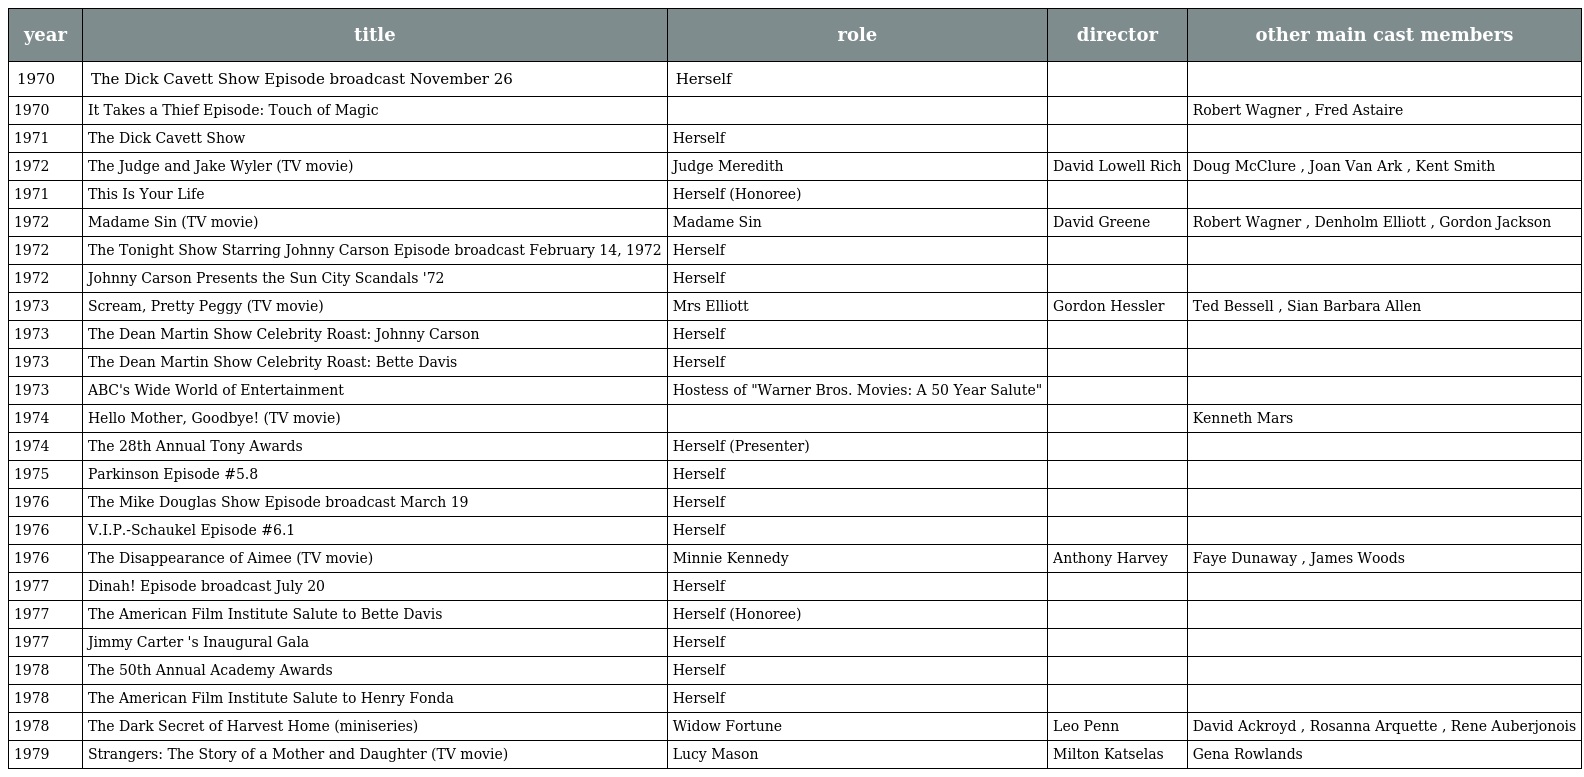
| year | title | role | director | other main cast members |
 | --- | --- | --- | --- | --- |
 | 1970 | The Dick Cavett Show Episode broadcast November 26 | Herself |  |  |
 | 1970 | It Takes a Thief Episode: Touch of Magic |  |  | Robert Wagner , Fred Astaire |
 | 1971 | The Dick Cavett Show | Herself |  |  |
 | 1972 | The Judge and Jake Wyler (TV movie) | Judge Meredith | David Lowell Rich | Doug McClure , Joan Van Ark , Kent Smith |
 | 1971 | This Is Your Life | Herself (Honoree) |  |  |
 | 1972 | Madame Sin (TV movie) | Madame Sin | David Greene | Robert Wagner , Denholm Elliott , Gordon Jackson |
 | 1972 | The Tonight Show Starring Johnny Carson Episode broadcast February 14, 1972 | Herself |  |  |
 | 1972 | Johnny Carson Presents the Sun City Scandals '72 | Herself |  |  |
 | 1973 | Scream, Pretty Peggy (TV movie) | Mrs Elliott | Gordon Hessler | Ted Bessell , Sian Barbara Allen |
 | 1973 | The Dean Martin Show Celebrity Roast: Johnny Carson | Herself |  |  |
 | 1973 | The Dean Martin Show Celebrity Roast: Bette Davis | Herself |  |  |
 | 1973 | ABC's Wide World of Entertainment | Hostess of "Warner Bros. Movies: A 50 Year Salute" |  |  |
 | 1974 | Hello Mother, Goodbye! (TV movie) |  |  | Kenneth Mars |
 | 1974 | The 28th Annual Tony Awards | Herself (Presenter) |  |  |
 | 1975 | Parkinson Episode #5.8 | Herself |  |  |
 | 1976 | The Mike Douglas Show Episode broadcast March 19 | Herself |  |  |
 | 1976 | V.I.P.-Schaukel Episode #6.1 | Herself |  |  |
 | 1976 | The Disappearance of Aimee (TV movie) | Minnie Kennedy | Anthony Harvey | Faye Dunaway , James Woods |
 | 1977 | Dinah! Episode broadcast July 20 | Herself |  |  |
 | 1977 | The American Film Institute Salute to Bette Davis | Herself (Honoree) |  |  |
 | 1977 | Jimmy Carter 's Inaugural Gala | Herself |  |  |
 | 1978 | The 50th Annual Academy Awards | Herself |  |  |
 | 1978 | The American Film Institute Salute to Henry Fonda | Herself |  |  |
 | 1978 | The Dark Secret of Harvest Home (miniseries) | Widow Fortune | Leo Penn | David Ackroyd , Rosanna Arquette , Rene Auberjonois |
 | 1979 | Strangers: The Story of a Mother and Daughter (TV movie) | Lucy Mason | Milton Katselas | Gena Rowlands |